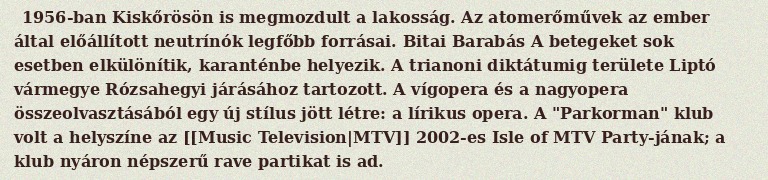
1956-ban Kiskőrösön is megmozdult a lakosság. Az atomerőművek az ember által előállított neutrínók legfőbb forrásai. Bitai Barabás A betegeket sok esetben elkülönítik, karanténbe helyezik. A trianoni diktátumig területe Liptó vármegye Rózsahegyi járásához tartozott. A vígopera és a nagyopera összeolvasztásából egy új stílus jött létre: a lírikus opera. A "Parkorman" klub volt a helyszíne az [[Music Television|MTV]] 2002-es Isle of MTV Party-jának; a klub nyáron népszerű rave partikat is ad.